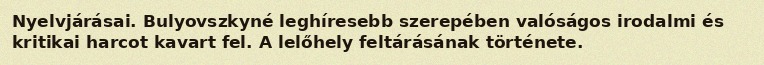
Nyelvjárásai. Bulyovszkyné leghíresebb szerepében valóságos irodalmi és kritikai harcot kavart fel. A lelőhely feltárásának története.